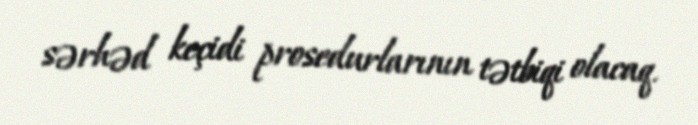
sərhəd keçidi prosedurlarının tətbiqi olacaq.